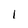
Character: l